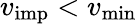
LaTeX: v_{\mathrm{imp}}<v_{\mathrm{min}}